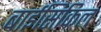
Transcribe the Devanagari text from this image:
बाईसिकिल